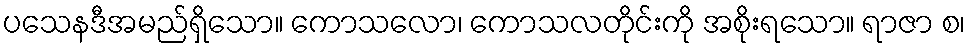
ပသေနဒီအမည်ရှိသော။ ကောသလော၊ ကောသလတိုင်းကို အစိုးရသော။ ရာဇာ စ၊